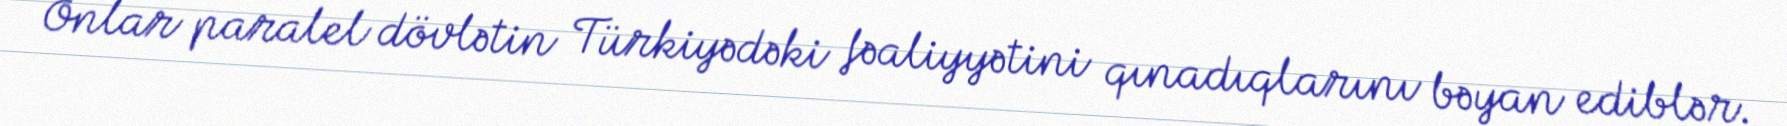
Onlar paralel dövlətin Türkiyədəki fəaliyyətini qınadıqlarını bəyan ediblər.